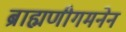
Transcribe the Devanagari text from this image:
ब्राह्मणीगमनेन